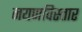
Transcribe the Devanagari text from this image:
नयणविस्तार